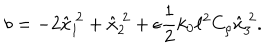
b = - 2 \hat { x } _ { 1 } ^ { ~ 2 } + \hat { x } _ { 2 } ^ { ~ 2 } + \epsilon \frac { 1 } { 2 } k _ { 0 } \ell ^ { 2 } C _ { \rho } \hat { x } _ { 3 } ^ { ~ 2 } .